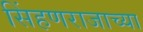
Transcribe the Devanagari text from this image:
सिंहणराजाच्या